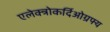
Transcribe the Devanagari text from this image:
एलेक्त्रोकर्दिओग्रफ्य